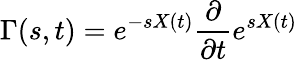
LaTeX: \Gamma(s,t)=e^{-sX(t)}{\frac{\partial}{\partial t}}e^{sX(t)}